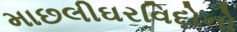
માછલીઘરવિદોનો